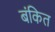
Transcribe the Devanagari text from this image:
बंकित